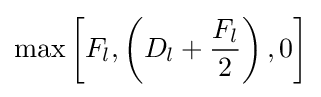
\max \left[F_{l},\left(D_{l}+{\frac {F_{l}}{2}}\right),0\right]